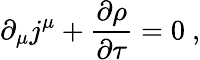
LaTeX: \partial_{\mu}j^{\mu}+\frac{\partial\rho}{\partial\tau}=0\ ,